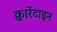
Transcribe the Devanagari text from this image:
क्वारेंटाइन